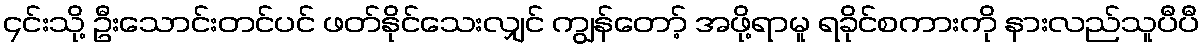
၄င်းသို့ ဦးသောင်းတင်ပင် ဖတ်နိုင်သေးလျှင် ကျွန်တော့် အဖို့ရာမူ ရခိုင်စကားကို နားလည်သူပီပီ